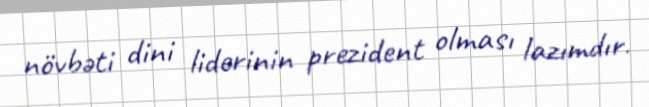
növbəti dini liderinin prezident olması lazımdır.